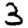
Digit: 3